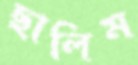
ছালিম